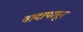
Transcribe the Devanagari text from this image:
वादापासून